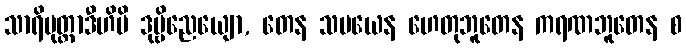
သာရိပုတ္တာဒီဟိပိ ဒုဗ္ဗိညေယျော, တေန သမယေန ဟေတုဘူတေန ကရဏဘူတေန စ